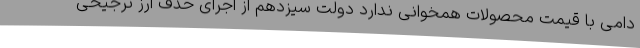
دامی با قیمت محصولات همخوانی ندارد دولت سیزدهم از اجرای حذف ارز ترجیحی